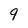
Character: 9